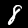
Digit: 8